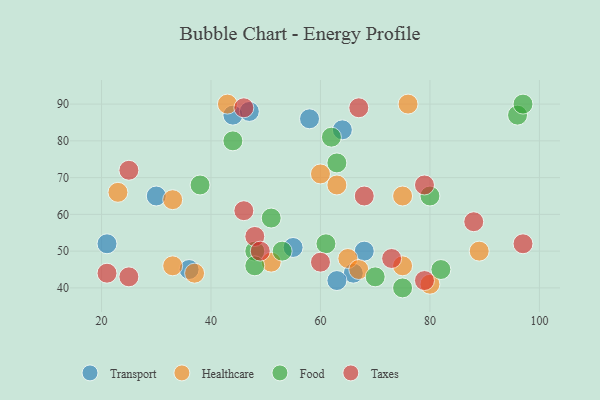
{"axis": {"x": "GDP", "y": "Life Expectancy"}, "legend": ["Food", "Healthcare", "Taxes", "Transport"], "data": [{"x": "44", "y": 87, "type": "Transport"}, {"x": "47", "y": 88, "type": "Transport"}, {"x": "68", "y": 50, "type": "Transport"}, {"x": "30", "y": 65, "type": "Transport"}, {"x": "55", "y": 51, "type": "Transport"}, {"x": "66", "y": 44, "type": "Transport"}, {"x": "21", "y": 52, "type": "Transport"}, {"x": "58", "y": 86, "type": "Transport"}, {"x": "36", "y": 45, "type": "Transport"}, {"x": "63", "y": 42, "type": "Transport"}, {"x": "64", "y": 83, "type": "Transport"}, {"x": "75", "y": 65, "type": "Healthcare"}, {"x": "80", "y": 41, "type": "Healthcare"}, {"x": "60", "y": 71, "type": "Healthcare"}, {"x": "23", "y": 66, "type": "Healthcare"}, {"x": "37", "y": 44, "type": "Healthcare"}, {"x": "33", "y": 64, "type": "Healthcare"}, {"x": "65", "y": 48, "type": "Healthcare"}, {"x": "51", "y": 47, "type": "Healthcare"}, {"x": "43", "y": 90, "type": "Healthcare"}, {"x": "33", "y": 46, "type": "Healthcare"}, {"x": "76", "y": 90, "type": "Healthcare"}, {"x": "75", "y": 46, "type": "Healthcare"}, {"x": "89", "y": 50, "type": "Healthcare"}, {"x": "63", "y": 68, "type": "Healthcare"}, {"x": "67", "y": 45, "type": "Healthcare"}, {"x": "96", "y": 87, "type": "Food"}, {"x": "38", "y": 68, "type": "Food"}, {"x": "44", "y": 80, "type": "Food"}, {"x": "53", "y": 50, "type": "Food"}, {"x": "80", "y": 65, "type": "Food"}, {"x": "63", "y": 74, "type": "Food"}, {"x": "61", "y": 52, "type": "Food"}, {"x": "70", "y": 43, "type": "Food"}, {"x": "97", "y": 90, "type": "Food"}, {"x": "82", "y": 45, "type": "Food"}, {"x": "51", "y": 59, "type": "Food"}, {"x": "48", "y": 50, "type": "Food"}, {"x": "62", "y": 81, "type": "Food"}, {"x": "75", "y": 40, "type": "Food"}, {"x": "48", "y": 46, "type": "Food"}, {"x": "68", "y": 65, "type": "Taxes"}, {"x": "79", "y": 68, "type": "Taxes"}, {"x": "46", "y": 61, "type": "Taxes"}, {"x": "25", "y": 43, "type": "Taxes"}, {"x": "73", "y": 48, "type": "Taxes"}, {"x": "46", "y": 89, "type": "Taxes"}, {"x": "60", "y": 47, "type": "Taxes"}, {"x": "48", "y": 54, "type": "Taxes"}, {"x": "21", "y": 44, "type": "Taxes"}, {"x": "25", "y": 72, "type": "Taxes"}, {"x": "97", "y": 52, "type": "Taxes"}, {"x": "79", "y": 42, "type": "Taxes"}, {"x": "88", "y": 58, "type": "Taxes"}, {"x": "49", "y": 50, "type": "Taxes"}, {"x": "67", "y": 89, "type": "Taxes"}]}